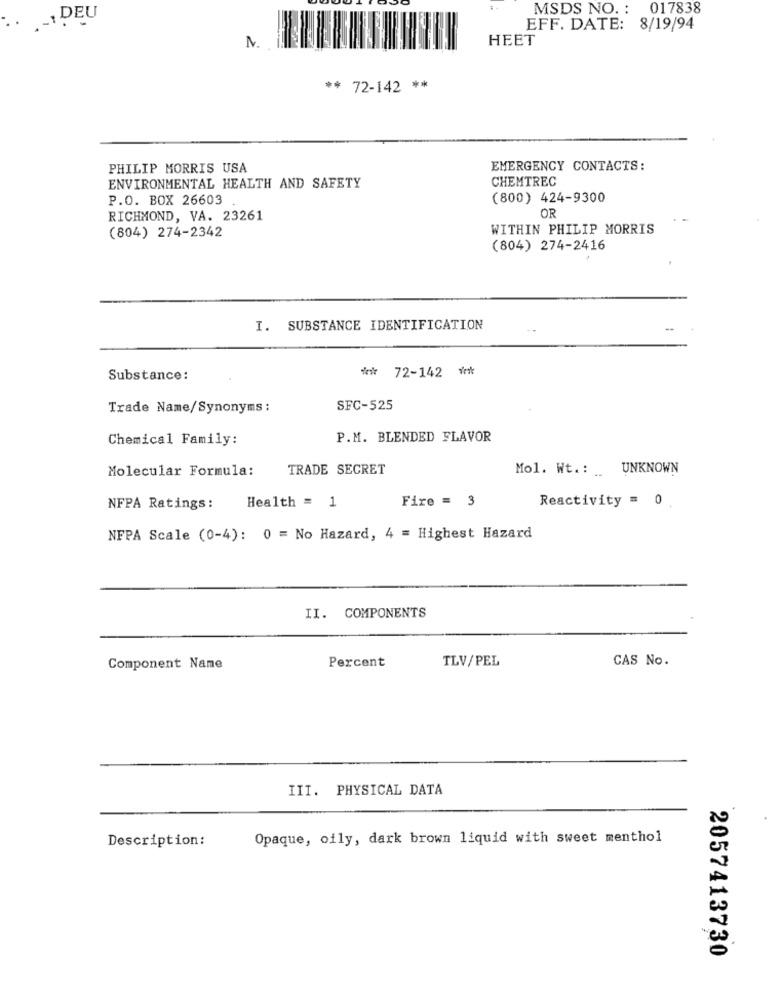
MSDS NO. :
017838
.. .-. DEU
EFF. DATE: 8/19/94
2
HEET
** 72-142 **
PHILIP MORRIS USA
EMERGENCY CONTACTS:
CHEMTREC
ENVIRONMENTAL HEALTH AND SAFETY
P.O. BOX 26603
(800) 424-9300
RICHMOND, VA. 23261
OR
WITHIN PHILIP MORRIS
(804) 274-2342
(804) 274-2416
I. SUBSTANCE IDENTIFICATION
** 72-142 **
Substance:
Trade Name/Synonyms :
SFC-525
Chemical Family:
P.M. BLENDED FLAVOR
Molecular Formula:
TRADE SECRET
Mol. Wt .: UNKNOWN
Health = 1
Fire = 3
Reactivity = 0
NFPA Ratings:
NFPA Scale (0-4): 0 = No Hazard, 4 = Highest Hazard
II. COMPONENTS
TLV/PEL
CAS No.
Component Name
Percent
III. PHYSICAL DATA
Description:
Opaque, oily, dark brown liquid with sweet menthol
2057413730